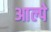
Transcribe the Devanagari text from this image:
आल्पे